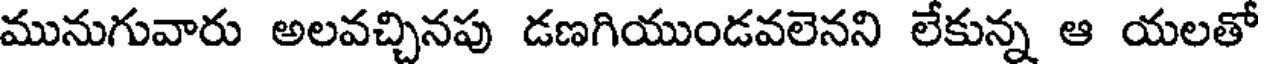
మునుగువారు అలవచ్చినపు డణగియుండవలెనని లేకున్న ఆ యలతో